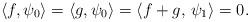
LaTeX: \begin{align*} \langle f,\psi_0\rangle = \langle g,\psi_0\rangle = \langle f+g,\,\psi_1\rangle=0.\end{align*}